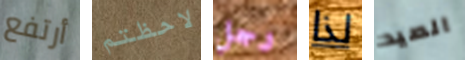
أرتفع لاحظتم رجل لذا الصيد